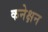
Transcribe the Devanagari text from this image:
कनेक्षन